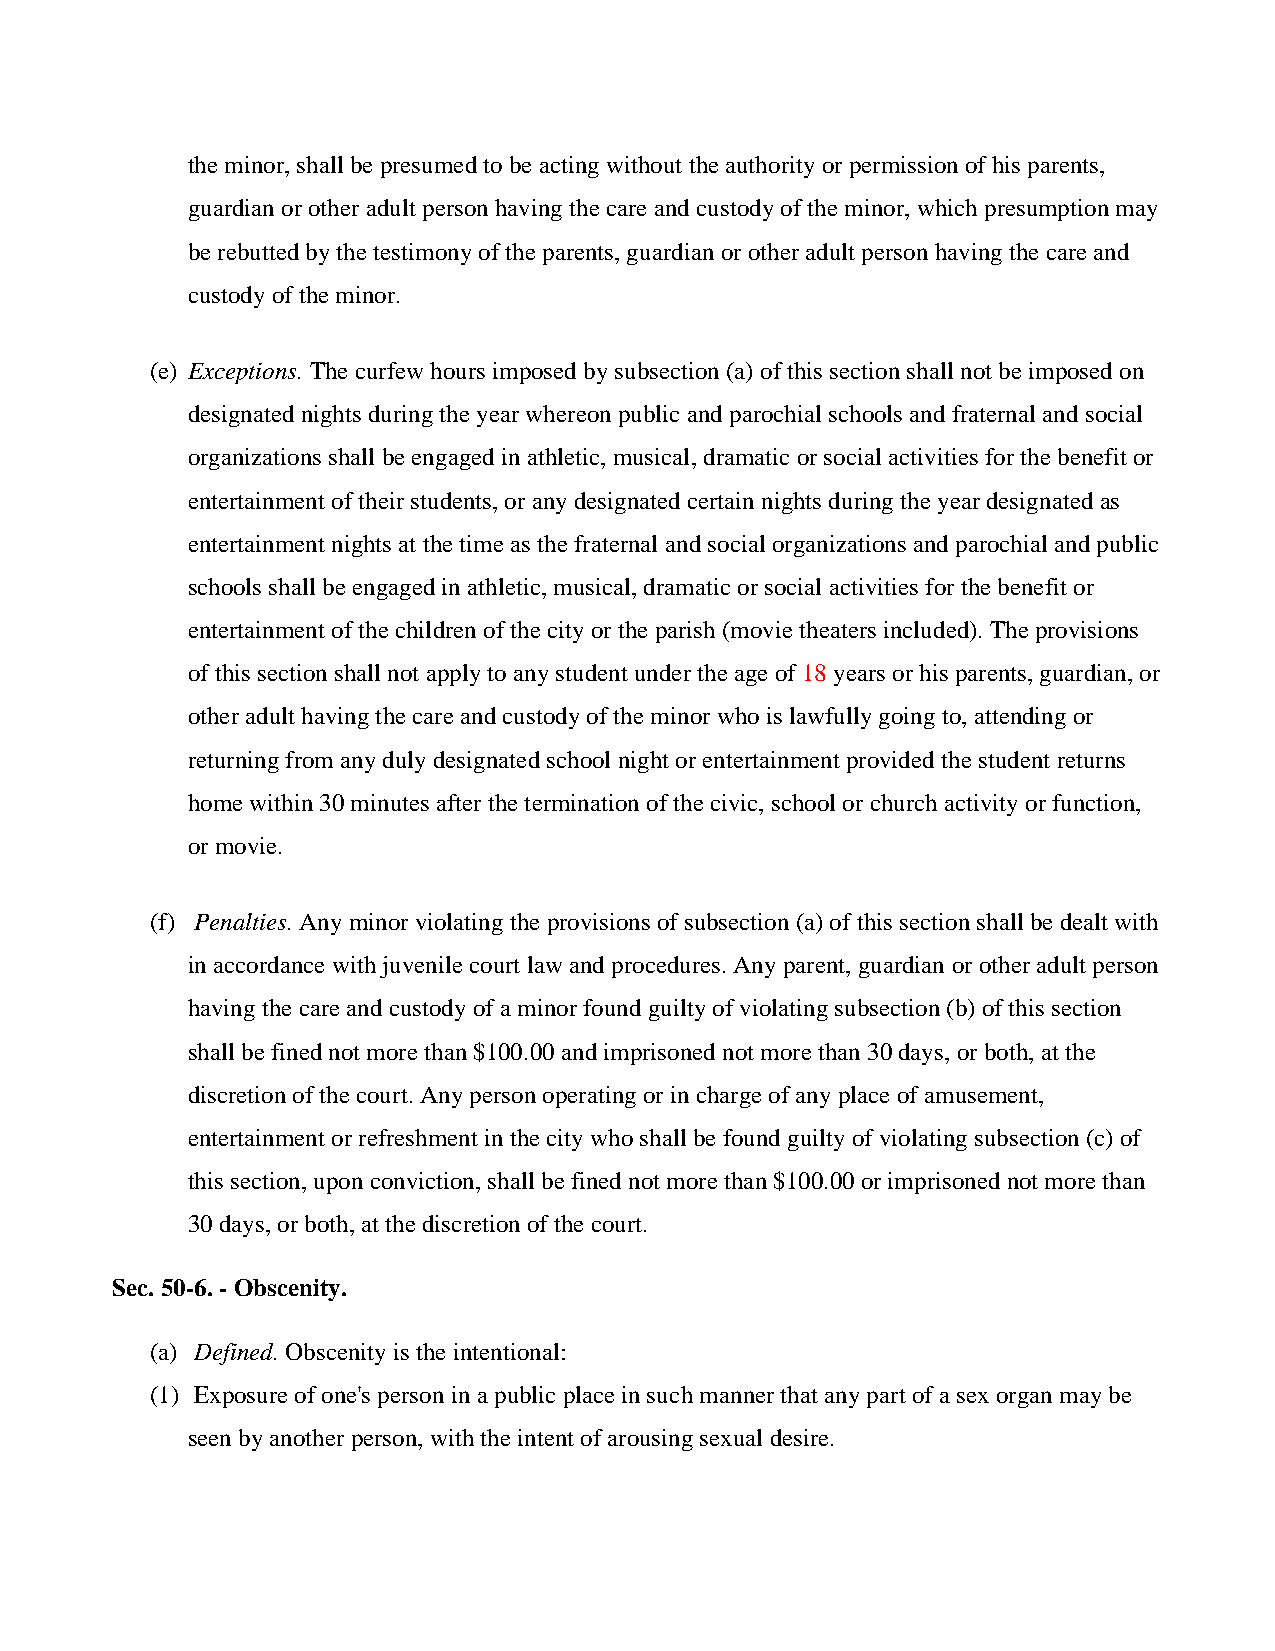
the minor, shall be presumed to be acting without the authority or permission of his parents,
 guardian or other adult person having the care and custody of the minor, which presumption may
 be rebutted by the testimony of the parents, guardian or other adult person having the care and
 custody of the minor.
 (e) Exceptions. The curfew hours imposed by subsection (a) of this section shall not be imposed on
 designated nights during the year whereon public and parochial schools and fraternal and social
 organizations shall be engaged in athletic, musical, dramatic or social activities for the benefit or
 entertainment of their students, or any designated certain nights during the year designated as
 entertainment nights at the time as the fraternal and social organizations and parochial and public
 schools shall be engaged in athletic, musical, dramatic or social activities for the benefit or
 entertainment of the children of the city or the parish (movie theaters included). The provisions
 of this section shall not apply to any student under the age of 18 years or his parents, guardian, or
 other adult having the care and custody of the minor who is lawfully going to, attending or
 returning from any duly designated school night or entertainment provided the student returns
 home within 30 minutes after the termination of the civic, school or church activity or function,
 or movie.
 (f) Penalties. Any minor violating the provisions of subsection (a) of this section shall be dealt with
 in accordance with juvenile court law and procedures. Any parent, guardian or other adult person
 having the care and custody of a minor found guilty of violating subsection (b) of this section
 shall be fined not more than $100.00 and imprisoned not more than 30 days, or both, at the
 discretion of the court. Any person operating or in charge of any place of amusement,
 entertainment or refreshment in the city who shall be found guilty of violating subsection (c) of
 this section, upon conviction, shall be fined not more than $100.00 or imprisoned not more than
 30 days, or both, at the discretion of the court.
 Sec. 50-6. - Obscenity.
 (a) Defined. Obscenity is the intentional:
 (1) Exposure of one's person in a public place in such manner that any part of a sex organ may be
 seen by another person, with the intent of arousing sexual desire.